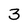
Character: 3